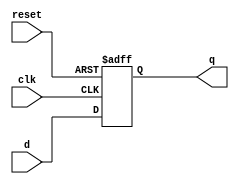
`timescale 1 ps / 100 fs
module D_FF (q, d, reset, clk);
output q;
input d, reset, clk;
reg q; // Indicate that q is stateholding
 
always @(posedge clk or posedge reset)
if (reset)
q = 0; // On reset, set to 0
else
q = d; // Otherwise out = d 
endmodule
// 1 bit register 
module RegBit(BitOut, BitData, WriteEn,reset, clk);
output BitOut; // 1 bit of register
input BitData, WriteEn; 
input reset,clk;
wire d,f1, f2; // input of D Flip-Flop
wire reset;
//assign reset=0;
and #(50) U1(f1, BitOut, (~WriteEn));
and #(50) U2(f2, BitData, WriteEn);
or  #(50) U3(d, f1, f2);
D_FF DFF0(BitOut, d, reset, clk);
endmodule